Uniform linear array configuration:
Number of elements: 64
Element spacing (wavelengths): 1
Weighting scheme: hamming
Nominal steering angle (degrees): -30
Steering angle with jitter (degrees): -31.756
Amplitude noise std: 0.05
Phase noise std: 0.05

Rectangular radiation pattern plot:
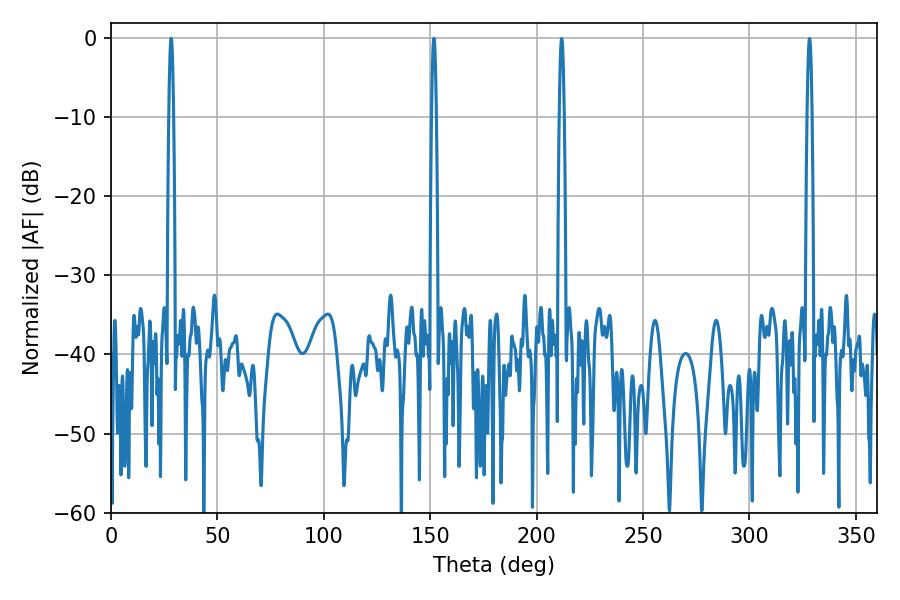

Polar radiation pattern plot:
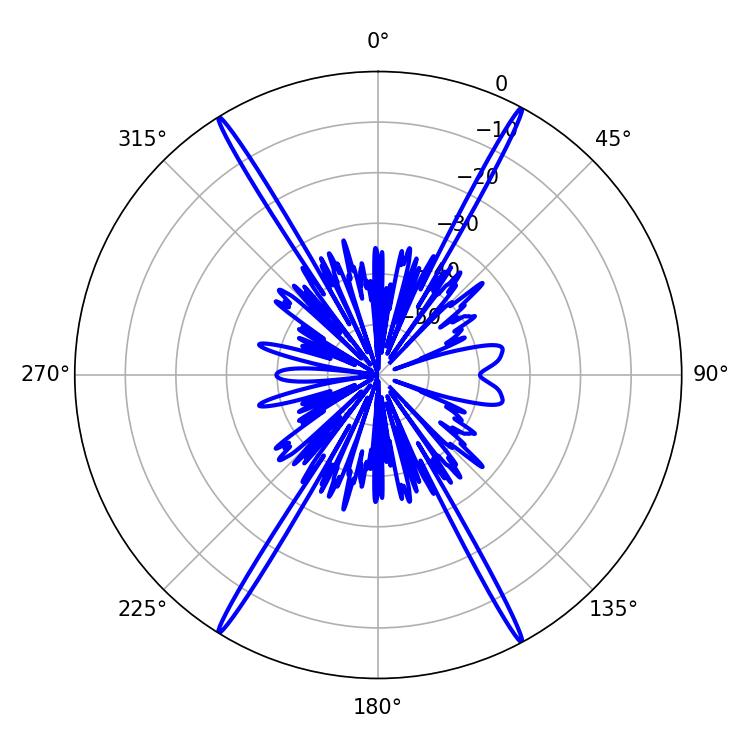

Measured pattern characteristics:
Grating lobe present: TRUE
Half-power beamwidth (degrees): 1.08
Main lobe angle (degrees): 28.26